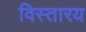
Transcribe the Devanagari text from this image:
विस्तारय